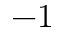
- 1